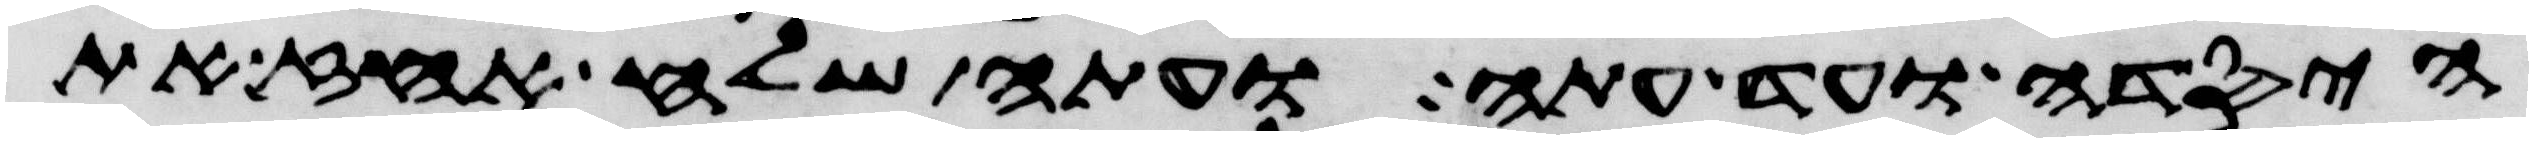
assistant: היסדה ועד עתה ועתה שלח העז את